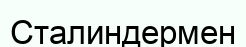
Сталиндермен